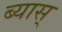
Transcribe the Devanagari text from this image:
ब्यास्